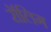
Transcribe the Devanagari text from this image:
रॉलिग